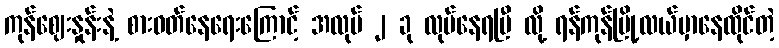
ကုန်ဈေးနှုန်းနဲ့ စားဝတ်နေရေးကြောင့် အလုပ် ၂ ခု လုပ်နေရပြီ လို့ ရန်ကုန်မြို့လယ်မှာနေထိုင်တဲ့